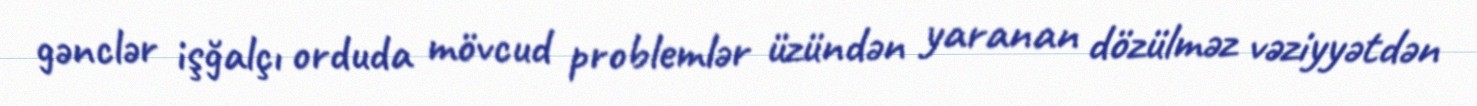
gənclər işğalçı orduda mövcud problemlər üzündən yaranan dözülməz vəziyyətdən